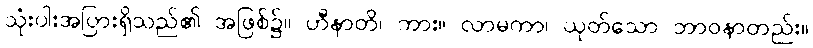
သုံးပါးအပြားရှိသည်၏ အဖြစ်၌။ ဟီနာတိ၊ ကား။ လာမကာ၊ ယုတ်သော ဘာဝနာတည်း။